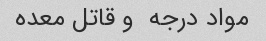
مواد درجه  و قاتل معده